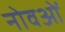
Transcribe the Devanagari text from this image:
नोवओं